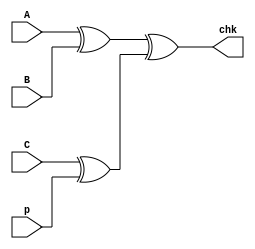
module three_bit_even_parity_check(p,A,B,C,chk);
input A,B,C,p;
output chk;
assign chk=(A^B)^(C^p);
endmodule
`timescale 1ns/1ps
//module parity_tb;
//reg A,B,C,p;
//wire chk;
//three_bit_even_parity_generator UUT(.p(p),.A(A),.B(B),.C(C),.chk(chk));
//initial begin
//	A=0;B=0;C=0;p=1;
//	#10;
//	A=1;B=0;C=0;p=1;
//	#10;
//	A=0;B=1;C=1;p=0;
//	#10;
//	A=1;B=1;C=1;p=1;
//	#10;
//	A=0;B=0;C=1;p=0;
//	#10;
//end 
//endmodule